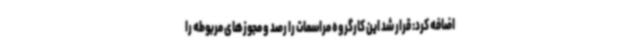
اضافه کرد: قرار شد این کارگروه مراسمات را رصد و مجوزهای مربوطه را